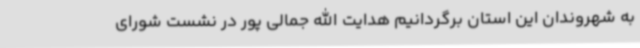
به شهروندان این استان برگردانیم هدایت الله جمالی پور در نشست شورای